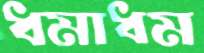
ধমাধম